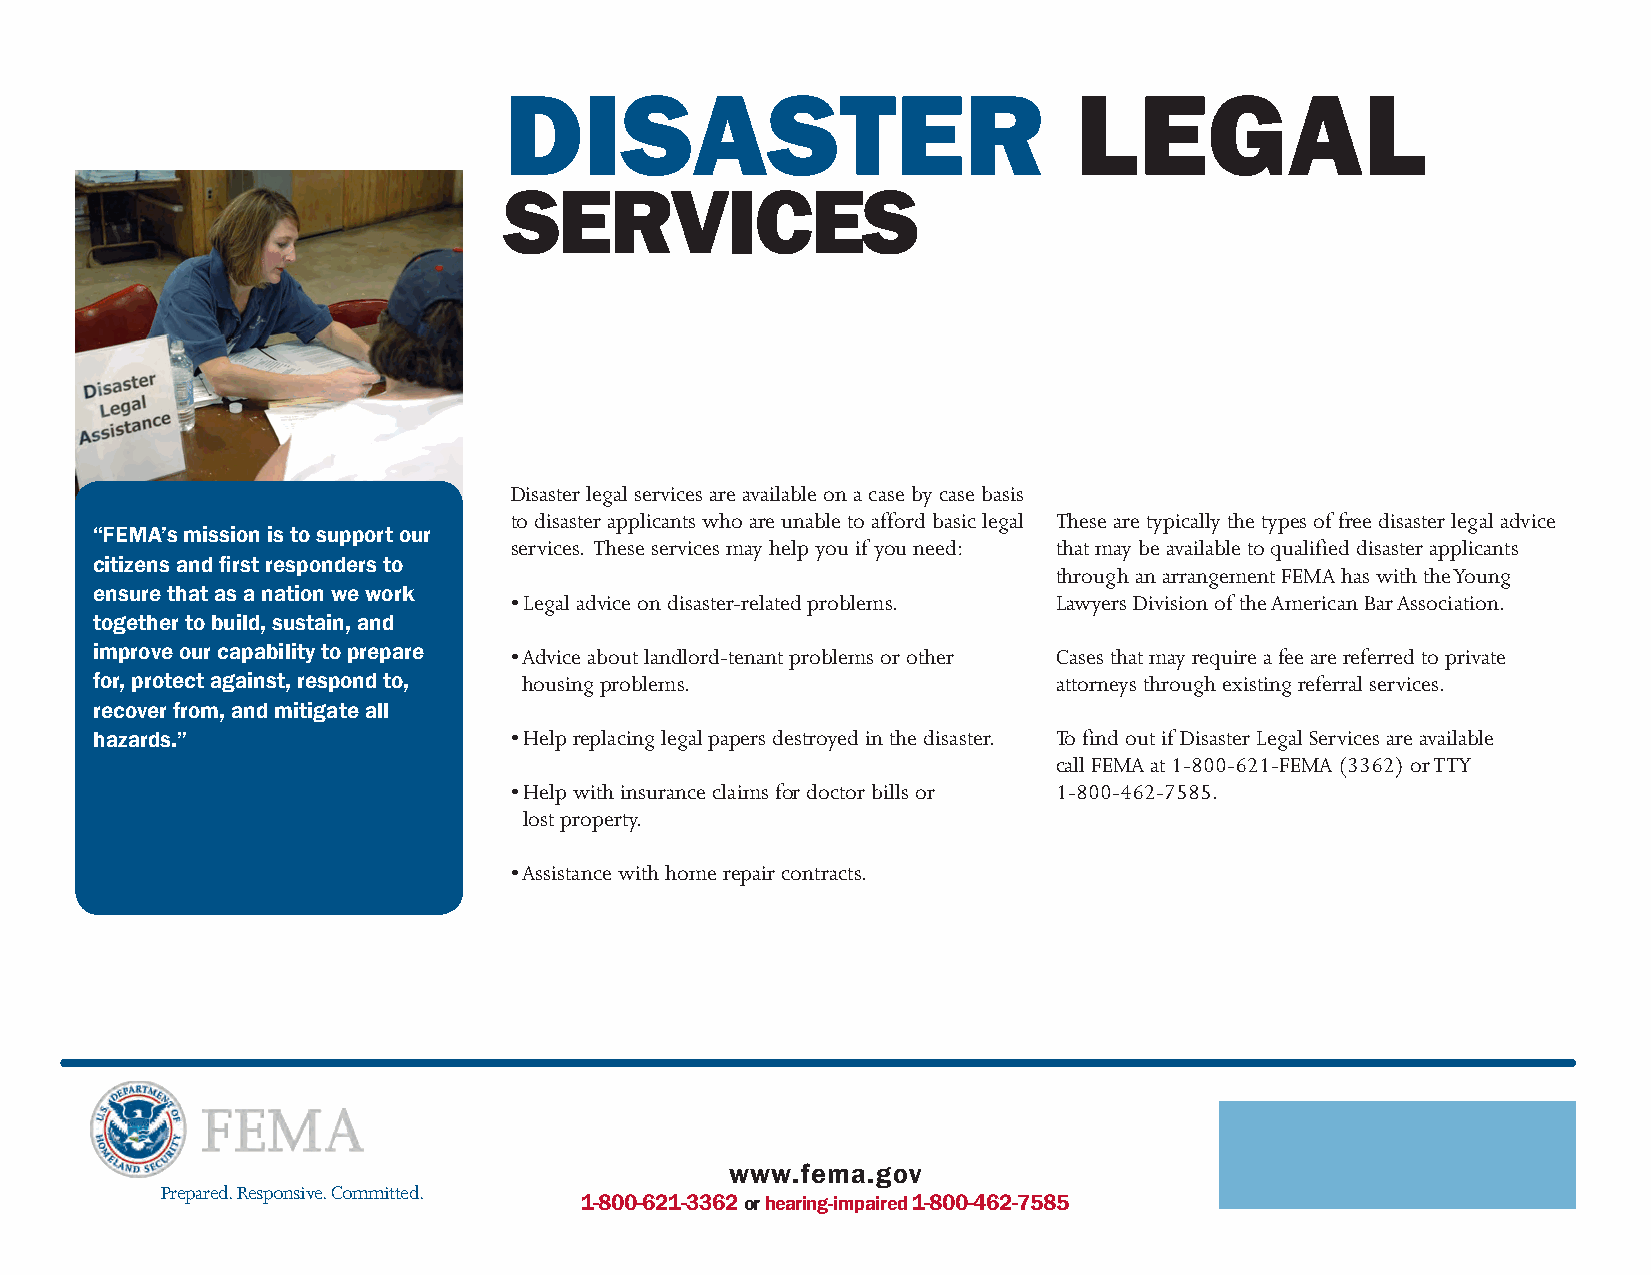
DISASTER                              LEGAL
 SERVICES
 Disaster legal services are available on a case by case basis
 to disaster applicants who are unable to afford basic legal These are typically the types of free disaster legal advice
 “FEMA’s mission is to support our
 services. These services may help you if you need: that may be available to qualified disaster applicants
 citizens and first responders to
 through an arrangement FEMA has with the Young
 ensure that as a nation we work
 • Legal advice on disaster-related problems. Lawyers Division of the American Bar Association.
 together to build, sustain, and
 improve our capability to prepare • Advice about landlord-tenant problems or other Cases that may require a fee are referred to private
 for, protect against, respond to, housing problems.             attorneys through existing referral services.
 recover from, and mitigate all
 hazards.”                   • Help replacing legal papers destroyed in the disaster. To find out if Disaster Legal Services are available
 call FEMA at 1-800-621-FEMA (3362) or TTY
 • Help with insurance claims for doctor bills or 1-800-462-7585.
 lost property.
 • Assistance with home repair contracts.
 www.fema.gov
 Prepared. Responsive. Committed.
 1-800-621-3362 or hearing-impaired 1-800-462-7585